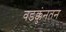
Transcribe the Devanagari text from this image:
वडक्कुंनतन